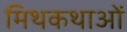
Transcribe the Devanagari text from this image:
मिथकथाओं